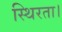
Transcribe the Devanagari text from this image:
स्थिरता।